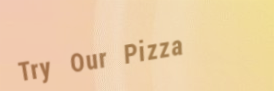
Try Our Pizza